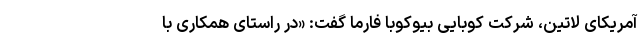
آمریکای لاتین، شرکت کوبایی بیوکوبا فارما گفت: «در راستای همکاری با